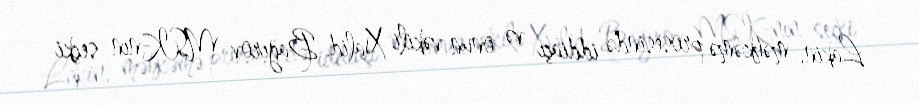
Lakin, məhkəmə prosesində iddiaçı və onun vəkili Xalid Bağırov MSK-nın seçki